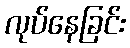
လုပ်နေခြင်း